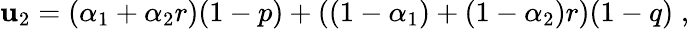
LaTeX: \mathbf{u}_{2}=(\alpha_{1}+\alpha_{2}r)(1-p)+\left((1-\alpha_{1})+(1-\alpha_{2})r\right)(1-q)\; ,